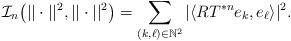
LaTeX: \begin{align*}\mathcal{I}_n\big(\vert\vert \cdot \vert\vert^2,\vert\vert \cdot \vert\vert^2\big)=\sum_{(k,\ell) \in \mathbb{N}^2}\vert \langle RT^{*n}e_k,e_\ell \rangle \vert^2.\end{align*}